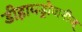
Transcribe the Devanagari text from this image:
डीहायड्रोजनीज्